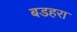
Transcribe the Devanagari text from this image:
बडहरा